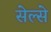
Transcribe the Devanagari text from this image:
सेल्से